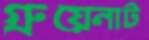
গ্রুয়েনাট